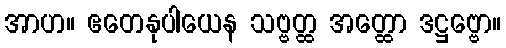
အာဟ။ ဧတေနုပါယေန သဗ္ဗတ္ထ အတ္ထော ဒဋ္ဌဗ္ဗော။